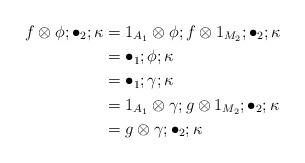
LaTeX: \begin{align*}f\otimes \phi;\bullet_2;\kappa &= 1_{A_1} \otimes \phi;f\otimes 1_{M_2};\bullet_2;\kappa \\ &= \bullet_1;\phi;\kappa \\ &= \bullet_1;\gamma;\kappa \\ &= 1_{A_1} \otimes \gamma; g \otimes 1_{M_2}; \bullet_2;\kappa \\ &= g\otimes \gamma;\bullet_2;\kappa \end{align*}